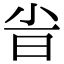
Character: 𣅱